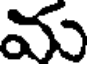
మ